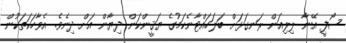
ސޯފީ އޭނާ ލިލިއަން ރަނގަޅަށް ބަލަހައްޓާނެކަމުގެ ޔަޤީންކަން ދިޔާން އަށް ދިނެވެ. އެވާހަކަތަކުން